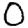
Digit: 0